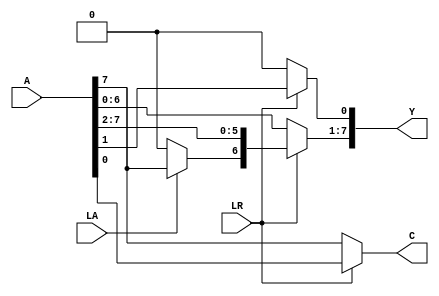
module shifter(A, LA, LR, Y, C); // add all inputs and outputs inside parentheses

  // inputs
  input [7:0] A;
  input LA;
  input LR;

  // outputs
  output [7:0] Y;
  output reg C;

  // reg and internal variable definitions
  reg [7:0] TEMP;

  // implement module here
  always @(*) begin
    // SLL (100) LR = 0, LA = 0
    if (~LR) begin
      TEMP[0] = 0;
      TEMP[7:1] = A[6:0];
      C = A[7];
    end
    // SRA (010) LR = 1, LA = 1
    else if (LA) begin
      TEMP[7] = A[7];
      TEMP[6:0] = A[7:1];
      C = A[0];
    end
    // SRL (011) LR = 1, LA = 1
    else begin
      TEMP[7] = 0;
      TEMP[6:0] = A[7:1];
      C = A[0];
    end
  end

  assign Y = TEMP;
  
endmodule